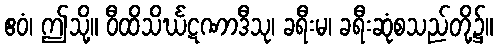
ဧဝံ၊ ဤသို့။ ဝီထိသိင်္ဃဋဏာဒီသု၊ ခရီးမ၊ ခရီးဆုံစသည်တို့၌။